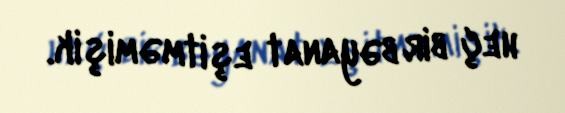
heç bir bəyanat eşitməmişik.